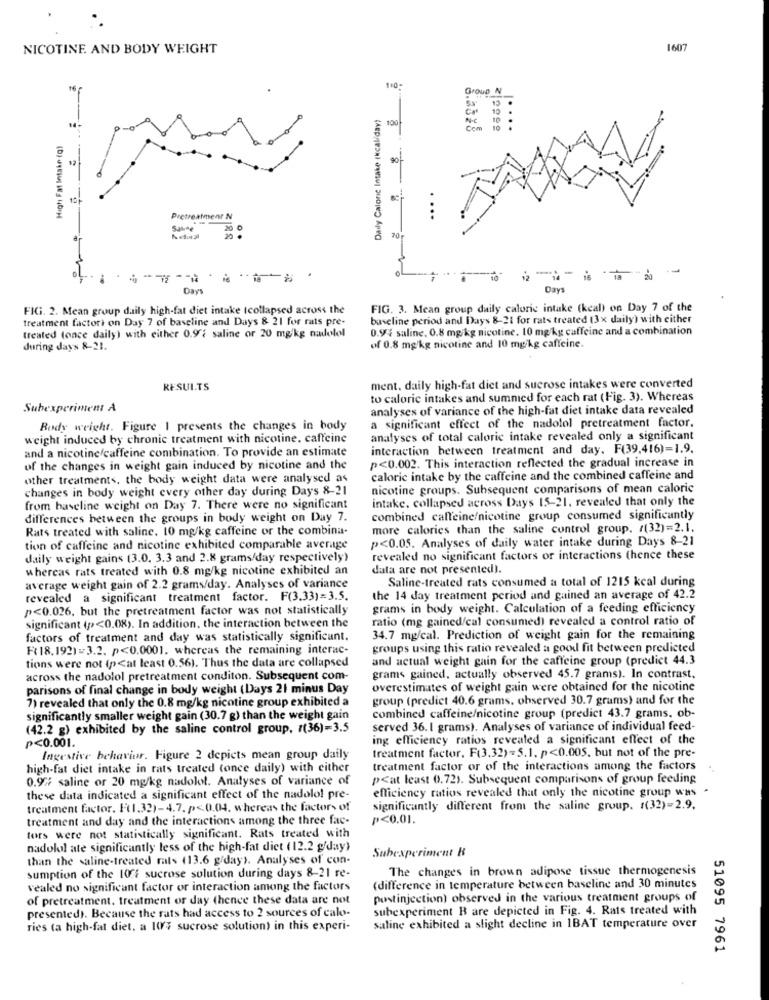
NICOTINE. AND BODY WEIGHT
1607
16
GrouD N
Daily Caloric Intake (kcal/day?
Cat
14
100
16
: 8
żem
10
High Fat Intake (g)
90
Pretreatment N
..
Saline
70
Days
Days
FIG. 2. Mean group daily high-fat diet intake tcollapsed across the
FIG. 3. Mean group daily calorie intake (kcal) on Day 7 of the
treatment factori on Day 7 of baseline and Days & 21 for rats pre-
baseline period and Days 8-21 for rats treated (3x daily) with either
treated (once daily) with either 0.97 saline or 20 mg/kg nadolol
0.9% saline. 0.8 mg/kg nicotine. 10 mg/kg caffeine and a combination
during days 8-21.
of 0.8 mg/kg nicotine and 10 mg/kg caffeine.
RESULTS
ment. daily high-fat diet and sucrose intakes were converted
to calorie intakes and summed for each rat (Fig. 3). Whereas
Subexperiment A
analyses of variance of the high-fat diet intake data revealed
a significant effect of the nadolol pretreatment factor.
Body weight. Figure 1 presents the changes in body
weight induced by chronic treatment with nicotine. caffeine
analyses of total calorie intake revealed only a significant
and a nicotine/caffeine combination. To provide an estimate
interaction between treatment and day. F(39,416)=1.9.
p<0.002. This interaction reflected the gradual increase in
of the changes in weight gain induced by nicotine and the
other treatments, the body weight data were analysed as
calorie intake by the caffeine and the combined caffeine and
changes in body weight every other day during Days 8-21
nicotine groups. Subsequent comparisons of mean caloric
intake, collapsed across Days 15-21, revealed that only the
from baseline weight on Day 7. There were no significant
differences between the groups in body weight on Day 7.
combined caffeine/nicotine group consumed significantly
Rats treated with saline. 10 mg/kg caffeine or the combina-
more calories than the saline control group. /(32)=2.1.
p<0.05. Analyses of daily water intake during Days 8-21
tion of caffeine and nicotine exhibited comparable average
daily weight gains (3.0. 3.3 and 2.8 grams/day respectively)
revealed no significant factors or interactions (hence these
whereas rats treated with 0.8 mg/kg nicotine exhibited an
data are not presented).
Saline-treated rats consumed a total of 1215 kcal during
average weight gain of 2.2 grams/day. Analyses of variance
revealed a significant treatment factor. F(3.33)=3.5.
the 14 day treatment period and gained an average of 42.2
p<0.026, but the pretreatment factor was not statistically
grams in body weight. Calculation of a feeding efficiency
ratio (mg gained/cal consumed) revealed a control ratio of
significant (p><0.08). In addition, the interaction between the
factors of treatment and day was statistically significant.
34.7 mg/cal. Prediction of weight gain for the remaining
F( 18,192)=3.2. p<0.0001. whereas the remaining interac-
groups using this ratio revealed a good fit between predicted
tions were not (p<at least 0.56). Thus the data are collapsed
and actual weight gain for the caffeine group (predict 44.3
across the nadolol pretreatment conditon. Subsequent com-
grams gained, actually observed 45.7 grams). In contrast,
parisons of final change in body weight (Days 21 minus Day
overestimates of weight gain were obtained for the nicotine
7) revealed that only the 0.8 mg/kg nicotine group exhibited a
group (predict 40.6 grams, observed 30.7 grams) and for the
significantly smaller weight gain (30.7 g) than the weight gain
combined caffeine/nicotine group (predict 43.7 grams. ob-
(42.2 g) exhibited by the saline control group, r(36)=3.5
served 36. 1 grams). Analyses of variance of individual feed-
P<0.001.
ing efficiency ratios revealed a significant effect of the
Ingestive behavior. Figure 2 depicts mean group daily
treatment factor. F(3.32)=5.1. p<0.005, but not of the pre-
high-fat diet intake in rats treated (once daily) with either
treatment factor or of the interactions among the factors
0.9% saline or 20 mg/kg nadolol. Analyses of variance of
p<at least 0.72). Subsequent comparisons of group feeding
efficiency ratios revealed that only the nicotine group was .
these data indicated a significant effect of the nadolol pre-
treatment factor. F(1.32)-4.7. p<0.04. whereas the factors of
significantly different from the saline group. : (32)=2.9.
treatment and day and the interactions among the three fac-
P<0.01.
tors were not statistically significant. Rats treated with
nadolol ate significantly less of the high-fat diet (12.2 g'day)
Subexperiment &
than the saline-treated rats (13.6 g/day). Analyses of con-
The changes in brown adipose tissue thermogenesis
sumption of the 1024 sucrose solution during days 8-21 re-
vealed no significant factor or interaction among the factors
(difference in temperature between baseline and 30 minutes
of pretreatment. treatment of day (hence these data are not
postinjection) observed in the various treatment groups of
subexperiment B are depicted in Fig. 4. Rats treated with
presented). Because the rats had access to 2 sources of calo-
ries (a high-fat diet, a 1047 sucrose solution) in this experi-
saline exhibited a slight decline in IBAT temperature over
51095 7961